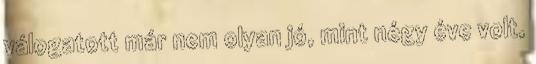
válogatott már nem olyan jó, mint négy éve volt,